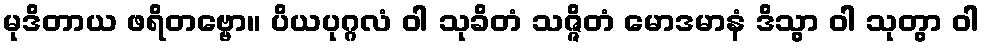
မုဒိတာယ ဖရိတဗ္ဗော။ ပိယပုဂ္ဂလံ ဝါ သုခိတံ သဇ္ဇိတံ မောဒမာနံ ဒိသွာ ဝါ သုတွာ ဝါ